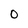
Character: O